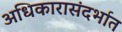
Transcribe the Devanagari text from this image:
अधिकारासंदर्भात